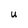
Character: U